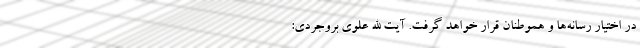
در اختیار رسانه‌ها و هموطنان قرار خواهد گرفت. آیت الله علوی بروجردی: